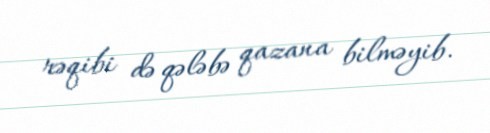
rəqibi də qələbə qazana bilməyib.